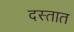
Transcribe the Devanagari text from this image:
दस्तात